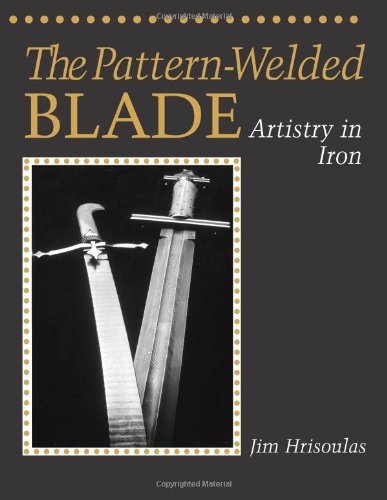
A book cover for The Pattern-Welded Blade: Artistry In Iron; Jim Hrisoulas; Crafts, Hobbies & Home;